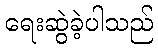
ရေးဆွဲခဲ့ပါသည်